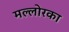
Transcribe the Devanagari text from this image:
मल्लोरका